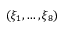
( \xi _ { 1 } , \ldots , \xi _ { 8 } )